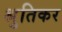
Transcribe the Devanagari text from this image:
श्रुतिकर